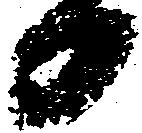
日